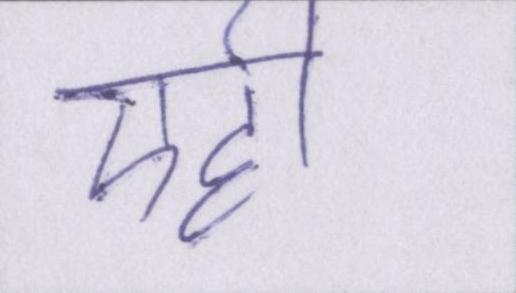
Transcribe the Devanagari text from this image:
एही